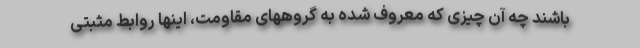
باشند چه آن چیزی که معروف شده به گروههای مقاومت، اینها روابط مثبتی